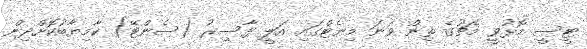
ޓީސީ މޮޅުވީ މެޗުގެ ތިން ވަނަ މިނެޓްގައި އަލީ ފާސިރު (ސެންޓޭ) ކާމިޔާބުކޮށްދިން